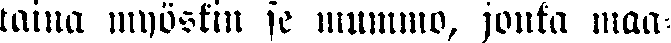
taina myöskin se mummo, jonka maa-